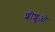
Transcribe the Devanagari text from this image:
शीशुओ